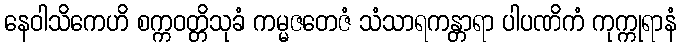
နေဝါသိကေဟိ စက္ကဝတ္တိသုခံ ကမ္မဇတေဇံ သံသာရကန္တာရာ ပါပဏိကံ ကုက္ကုရာနံ